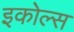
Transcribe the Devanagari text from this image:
इकोल्स